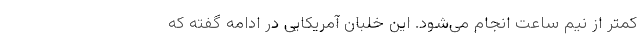
کمتر از نیم ساعت انجام می‌شود. این خلبان آمریکایی در ادامه گفته که